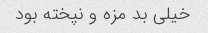
خیلی بد مزه و نپخته بود